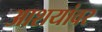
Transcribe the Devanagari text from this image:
आशयांवर